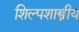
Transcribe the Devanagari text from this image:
शिल्पशास्त्रीय